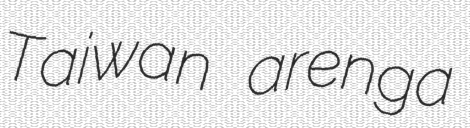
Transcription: Taiwan arenga